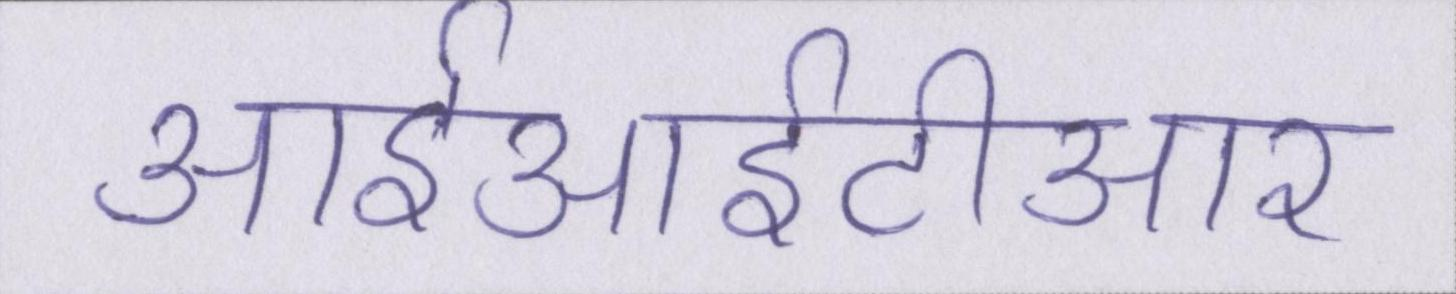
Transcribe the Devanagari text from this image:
आईआईटीआर